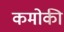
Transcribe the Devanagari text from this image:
कमोकी